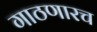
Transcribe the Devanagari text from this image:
गाठणारच